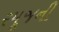
રમૂજની